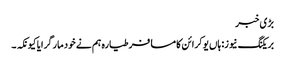
بڑی خبر
بریکنگ نیوز: ہاں یوکرائن کا مسافر طیارہ ہم نے خود مار گرایا کیونکہ ۔